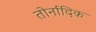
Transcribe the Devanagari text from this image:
तोर्नादिक